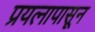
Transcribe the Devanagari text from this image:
प्रयत्‍नापासून